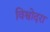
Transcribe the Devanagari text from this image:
विश्वोदरा